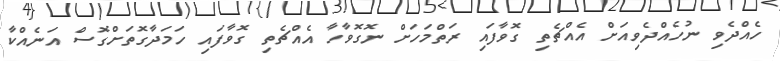
ހެއްދެވި ނުހެއްދެވިއަށް އެއްޗެތި ގޮވާފައި ރަތްމަހަށް ނޮގޮވާހާ އެއްޗެތި ގޮވާފައި ހަމަދާގޮތަށްގޮސް އަނެއްކާ